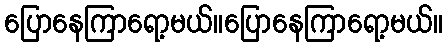
ပြောနေကြာရော့မယ်။ပြောနေကြာရော့မယ်။